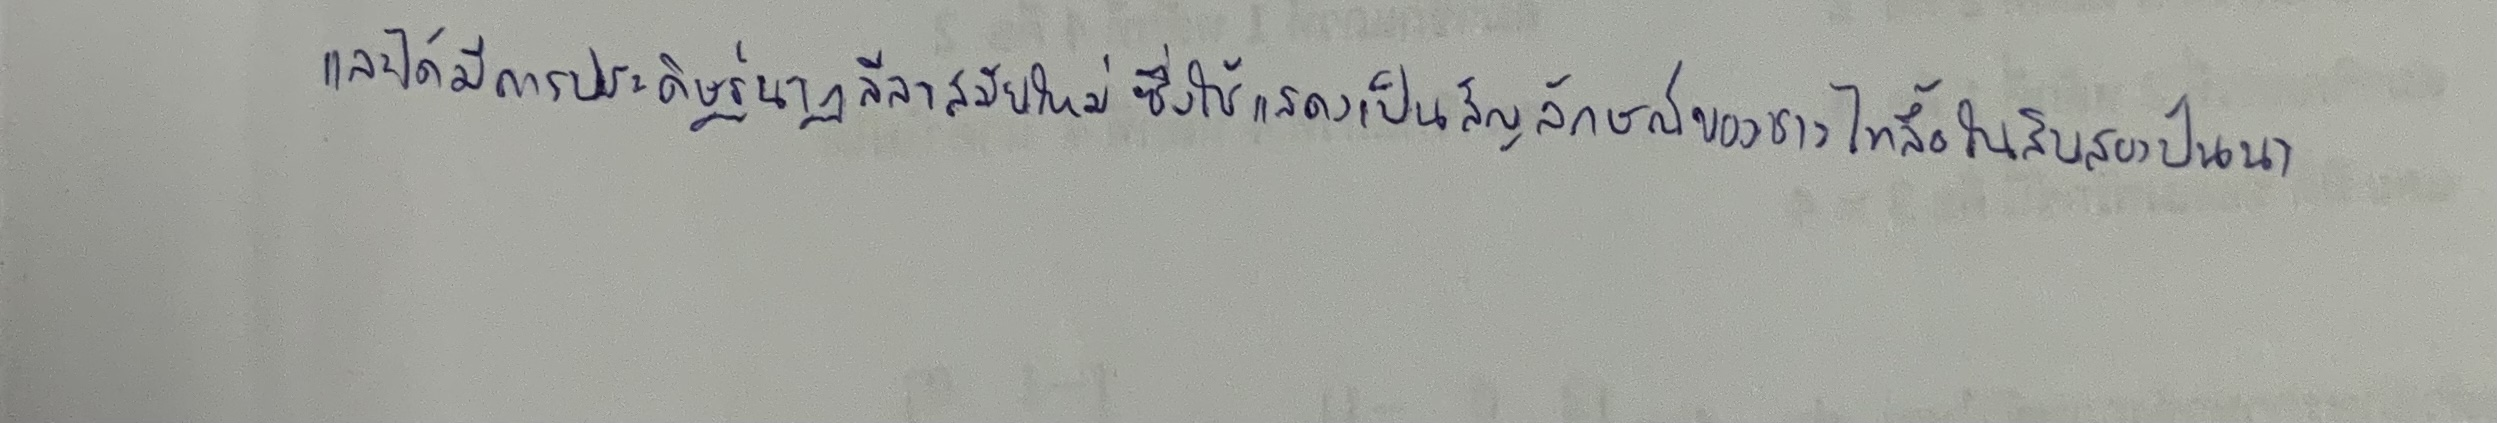
และได้มีการประดิษฐ์นาฏลีลาสมัยใหม่ซึ่งใช้แสดงเป็นสัญลักษณ์ของชาวไทลื้อในสิบสองปันนา